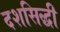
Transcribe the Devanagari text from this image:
दशसिद्धी